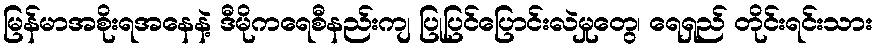
မြန်မာအစိုးရအနေနဲ့ ဒီမိုကရေစီနည်းကျ ပြုပြင်ပြောင်းလဲမှုတွေ၊ ရေရှည် တိုင်းရင်းသား